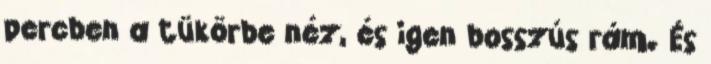
percben a tükörbe néz, és igen bosszús rám. És